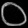
Digit: ၀